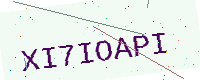
Text: XI7IOAPI